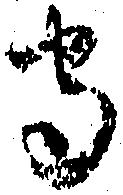
守